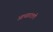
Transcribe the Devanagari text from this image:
आच्छादली